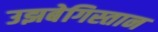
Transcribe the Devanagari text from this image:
उझबेगिस्तान